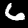
Label: 6